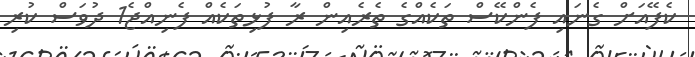
ކެފޭއަށް ގެނައި ފެންކޭސް ތަކެއްގެ ތެރެއިން ރާ ފުޅިތަކެއް ފެނިއްޖެ1 ދުވަސް ކުރި